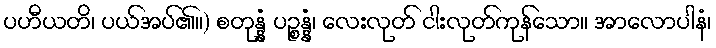
ပဟီယတိ၊ ပယ်အပ်၏။) စတုန္နံ ပဉ္စန္နံ၊ လေးလုတ် ငါးလုတ်ကုန်သော။ အာလောပါနံ၊